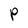
Character: P